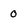
Character: O